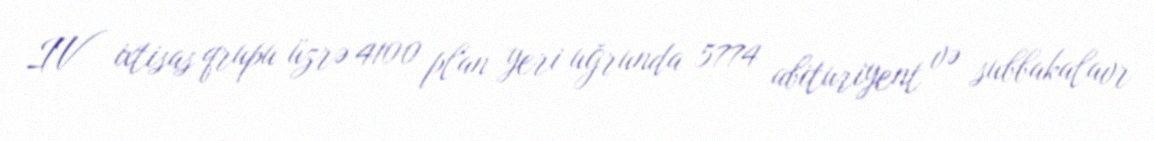
IV ixtisas qrupu üzrə 4100 plan yeri uğrunda 5774 abituriyent və subbakalavr